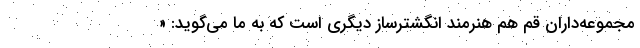
مجموعه‌داران قم هم هنرمند انگشترساز دیگری است که به ما می‌گوید: «